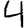
Digit: 4